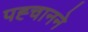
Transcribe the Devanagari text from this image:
पह्चानने